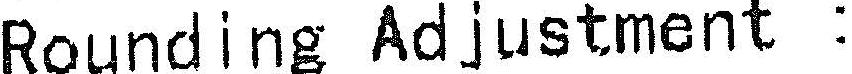
ROUNDING ADJUSTMENT :